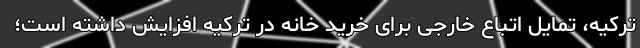
ترکیه، تمایل اتباع خارجی برای خرید خانه در ترکیه افزایش داشته است؛